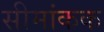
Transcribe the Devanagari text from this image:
सीमांकक